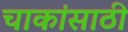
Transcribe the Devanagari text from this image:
चाकांसाठी